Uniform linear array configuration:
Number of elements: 32
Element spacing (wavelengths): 1
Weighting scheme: hann
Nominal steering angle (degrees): -45
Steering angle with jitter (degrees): -45.015
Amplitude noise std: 0.05
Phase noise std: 0.05

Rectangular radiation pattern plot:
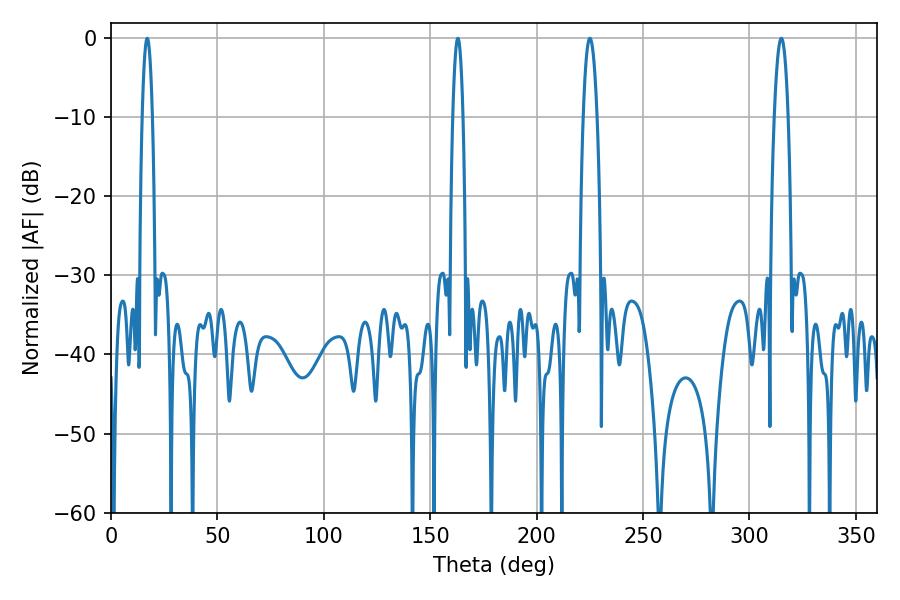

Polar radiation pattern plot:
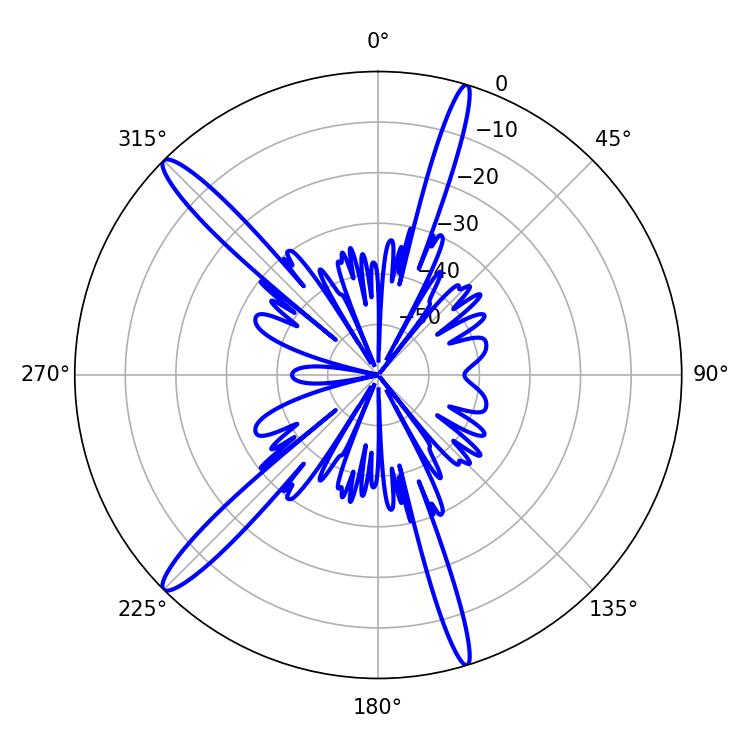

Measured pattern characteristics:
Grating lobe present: TRUE
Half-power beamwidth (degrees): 3.6
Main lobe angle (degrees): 225